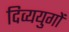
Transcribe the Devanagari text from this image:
दिव्ययुगों